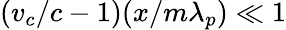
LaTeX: (v_{c}/c-1)(x/m\lambda_{p})\ll 1